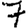
Digit: 7